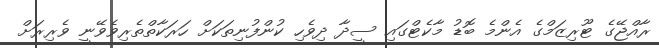
ރާއްޖޭގެ ޓޫރިޒަމްގެ އެންމެ ބޮޑު މާކެޓްގައި ސީދާ ދިވެހި ކުންފުނިތަކަށް ހަރަކާތްތެރިވެވޭނީ ވެރިރަށް